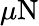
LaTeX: \mu\mathrm{N}